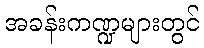
အခန်းကဏ္ဍများတွင်